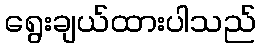
ရွေးချယ်ထားပါသည်